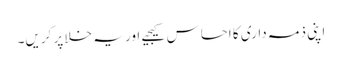
اپنی ذمہ داری کا احساس کیجیے اور یہ خلا پر کریں۔